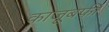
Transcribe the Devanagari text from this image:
काजूबर्फी